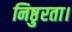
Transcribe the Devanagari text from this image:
निष्ठुरता।